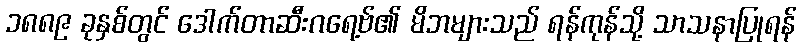
၁၈၈၉ ခုနှစ်တွင် ဒေါက်တာဆီးဂရေ့ဗ်၏ မိဘများသည် ရန်ကုန်သို့ သာသနာပြုရန်